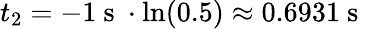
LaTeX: t_{2}=-1\mathrm{~s~}\cdot\ln(0.5)\approx 0.6931\mathrm{~s~}